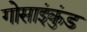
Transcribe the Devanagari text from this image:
गोसाइंकुंड